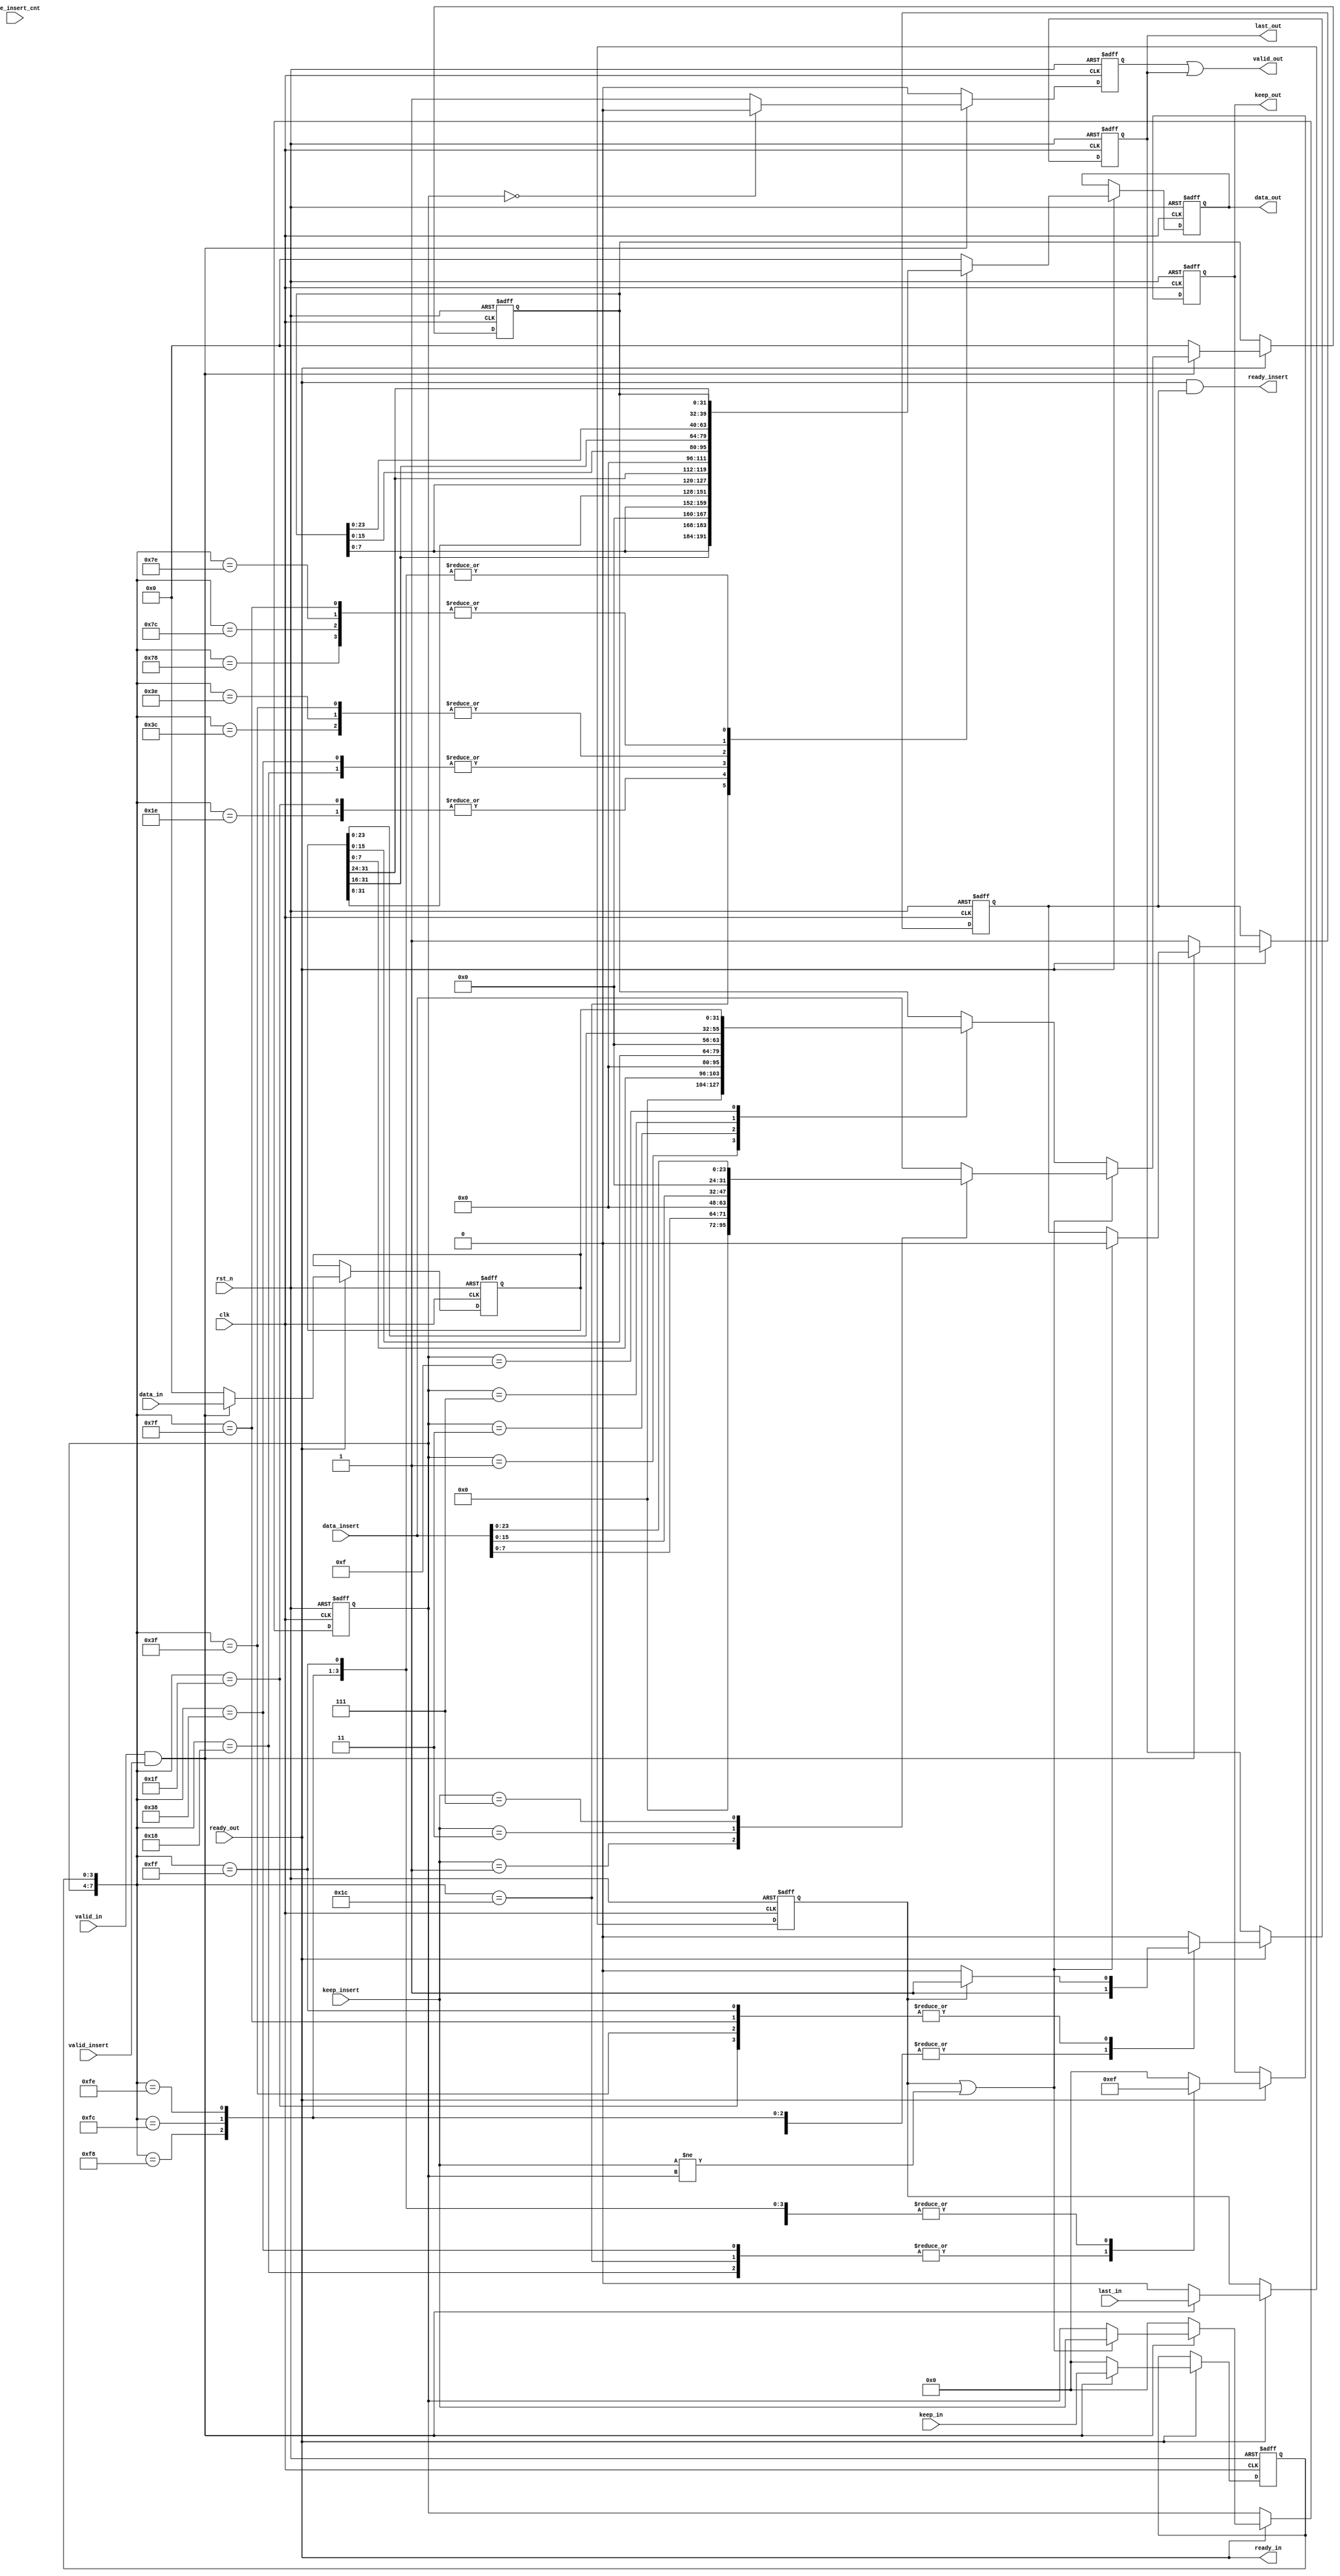
module axi_stream_insert_header #(
    parameter DATA_WD = 32,
    parameter DATA_BYTE_WD = DATA_WD / 8,
    parameter BYTE_CNT_WD = $clog2(DATA_BYTE_WD)
) (
    input clk,
    input rst_n,
    // AXI Stream input original data
    input valid_in,
    input [DATA_WD-1 : 0] data_in,
    input [DATA_BYTE_WD-1 : 0] keep_in,
    input last_in,
    output ready_in,
    // AXI Stream output with header inserted
    output valid_out,
    output [DATA_WD-1 : 0] data_out,
    output [DATA_BYTE_WD-1 : 0] keep_out,
    output last_out,
    input ready_out,
    // The header to be inserted to AXI Stream input
    input valid_insert,
    input [DATA_WD-1 : 0] data_insert,
    input [DATA_BYTE_WD-1 : 0] keep_insert,
    input [BYTE_CNT_WD-1 : 0] byte_insert_cnt,
    output ready_insert
);
// Your code here

reg [DATA_WD - 1 : 0]               data_insert_r;
reg [DATA_BYTE_WD - 1 : 0]          keep_insert_r;
reg [BYTE_CNT_WD-1 : 0]             byte_insert_cnt_r;

reg [DATA_WD - 1 : 0]               data_in_r;
reg                                 last_in_r;
reg [DATA_BYTE_WD - 1 : 0]          keep_in_r;

reg                                 last_out_r;
reg [DATA_WD - 1 : 0]               data_out_r;
reg                                 valid_out_r;
reg [DATA_BYTE_WD - 1 : 0]          keep_out_r;

reg                                 ready_insert_r;

/*-----------------------------------------------------header_insert-----------------------------------------------*/
assign ready_insert = ready_out && ready_insert_r; //&& ready_insert_r);                           

always @(posedge clk or negedge rst_n) begin
    if(!rst_n)begin
        data_insert_r     <= 0;
        keep_insert_r     <= 0;
        byte_insert_cnt_r <= 0;
        ready_insert_r    <= 1;
    end
    else if(ready_out)begin
        if(valid_in&&valid_insert)begin
            if(last_in_r || (keep_insert != keep_insert_r))begin                                            //keep_insertdata_insertdata_insert_r
                case(keep_insert)
                    4'b0001:begin
                    data_insert_r <= {{3{8'h00}},data_insert[7 : 0]};
                    end
                    4'b0011:begin
                    data_insert_r <= {{2{8'h00}},data_insert[15 : 0]};
                    end
                    4'b0111:begin
                    data_insert_r <= {{8'h00},data_insert[23 : 0]};
                    end
                    4'b1111:begin
                    data_insert_r <= {data_insert[31 : 0]};
                    end
                    default:begin
                    data_insert_r <= {data_insert};
                    end
                endcase
                keep_insert_r     <= keep_insert;
                byte_insert_cnt_r <= byte_insert_cnt;
                ready_insert_r    <= 0;
            end
            else begin                                                       //keep_insert_rdata_in_rdata_insert_r
                case(keep_insert_r)
                    4'b0001:begin
                    data_insert_r <= {{3{8'h00}},data_in_r[7 : 0]};
                    end
                    4'b0011:begin
                    data_insert_r <= {{2{8'h00}},data_in_r[15 : 0]};
                    end
                    4'b0111:begin
                    data_insert_r <= {{8'h00},data_in_r[23 : 0]};
                    end
                    4'b1111:begin
                    data_insert_r <= {data_in_r[31 : 0]};
                    end
                    default:begin
                    data_insert_r <= data_insert_r;
                    end
                endcase
                keep_insert_r     <= keep_insert_r;
                byte_insert_cnt_r <= byte_insert_cnt_r;
                ready_insert_r    <= ready_insert_r;
            end
        end 
        else begin                                                          //valid_insert=1 data_insertinsert
            keep_insert_r     <= 0;
            data_insert_r     <= 0;
            byte_insert_cnt_r <= 0;
            ready_insert_r    <= 1;
        end
    end
    else begin                                                             //
        keep_insert_r     <= keep_insert_r;
        data_insert_r     <= data_insert_r;
        byte_insert_cnt_r <= byte_insert_cnt_r;
        ready_insert_r    <= ready_insert_r;
    end
end

/*-----------------------------------------------------data_in-------------------------------------------------------*/
assign ready_in = ready_out;

always @(posedge clk or negedge rst_n) begin
    if(!rst_n)begin
        data_in_r <= 0;
        last_in_r <= 0;
        keep_in_r <= 0;
    end
    else if(ready_out)begin
        if(valid_in&&valid_insert)begin
            data_in_r <= data_in;
            last_in_r <= last_in;
            keep_in_r <= keep_in;
        end
        else begin
            data_in_r <= 0;
            last_in_r <= 0;
            keep_in_r <= 0;
        end
    end
    else begin
        data_in_r <= data_in_r;
        last_in_r <= last_in_r;
        keep_in_r <= keep_in_r;
    end    
end

/*-----------------------------------------------------data_out------------------------------------------------------*/

assign data_out = data_out_r;
assign valid_out = valid_out_r || last_out_r;
assign keep_out = keep_out_r;
assign last_out = last_out_r;

always @(posedge clk or negedge rst_n) begin
    if(!rst_n) begin
        data_out_r <= 0;
        keep_out_r <= 0;
        last_out_r <= 0;
    end
    else if (ready_out) begin
            case({keep_insert_r,keep_in_r})
            8'b0001_1000:begin
                data_out_r <= {data_insert_r[7:0],data_in_r[31:24],{2{8'h00}}};    
                keep_out_r <= 4'b1110;
                last_out_r <= 1;
            end 
            8'b0001_1100:begin
                data_out_r <= {data_insert_r[7:0],data_in_r[31:16],{8'h00}};    
                keep_out_r <= 4'b1110;
                last_out_r <= 1;
            end          
            8'b0001_1110:begin
                data_out_r <= {data_insert_r[7:0],data_in_r[31:8]};    
                keep_out_r <= 4'b1111;
                last_out_r <= 1;
            end
            8'b0001_1111:begin
                data_out_r <= {data_insert_r[7:0],data_in_r[31:8]};    
                keep_out_r <= 4'b1111;
                if(last_in_r) 
                    last_out_r <= 1;
                else 
                    last_out_r <= 0;
            end
            8'b0011_1000:begin
                data_out_r <= {data_insert_r[15:0],data_in_r[31:24],{2{8'h00}}};    
                keep_out_r <= 4'b1110;
                last_out_r <= 1;
            end 
            8'b0011_1100:begin
                data_out_r <= {data_insert_r[15:0],data_in_r[31:16]};    
                keep_out_r <= 4'b1111;
                last_out_r <= 1;
            end          
            8'b0011_1110:begin
                data_out_r <= {data_insert_r[15:0],data_in_r[31:16]};    
                keep_out_r <= 4'b1111;
                last_out_r <= 1;
            end
            8'b0011_1111:begin
                data_out_r <= {data_insert_r[15:0],data_in_r[31:16]};    
                keep_out_r <= 4'b1111;
                if(last_in_r)
                    last_out_r <= 1;
                else
                    last_out_r <= 0;
            end
            8'b0111_1000:begin
                data_out_r <= {data_insert_r[23:0],data_in_r[31:24]};    
                keep_out_r <= 4'b1111;
                last_out_r <= 1;
            end
            8'b0111_1100:begin
                data_out_r <= {data_insert_r[23:0],data_in_r[31:24]};    
                keep_out_r <= 4'b1111;
                last_out_r <= 1;
            end 
            8'b0111_1110:begin
                data_out_r <= {data_insert_r[23:0],data_in_r[31:24]};    
                keep_out_r <= 4'b1111;
                last_out_r <= 1;
            end
            8'b0111_1111:begin
                data_out_r <= {data_insert_r[23:0],data_in_r[31:24]};    
                keep_out_r <= 4'b1111;
                if(last_in_r)
                    last_out_r <= 1;
                else
                    last_out_r <= 0;
            end
            8'b1111_1000:begin
                data_out_r <= data_insert_r;    
                keep_out_r <= 4'b1111;
                last_out_r <= 1;
            end
            8'b1111_1100:begin
                data_out_r <= data_insert_r;    
                keep_out_r <= 4'b1111;
                last_out_r <= 1;
            end 
            8'b1111_1110:begin
                data_out_r <= data_insert_r;    
                keep_out_r <= 4'b1111;
                last_out_r <= 1;
            end
            8'b1111_1111:begin
                data_out_r <= data_insert_r;    
                keep_out_r <= 4'b1111;
                if(last_in_r)
                    last_out_r <= 1;
                else
                    last_out_r <= 0;
            end
            default: begin
                data_out_r <= 0;
                keep_out_r <= 0;
                last_out_r <= 0;
            end                        
            endcase           
        end
    else begin
        data_out_r <= data_out_r;
        keep_out_r <= keep_out_r;
        last_out_r <= last_out_r;
    end
end

always @(posedge clk  or negedge rst_n) begin
    if(!rst_n) begin
        valid_out_r <= 0;
    end
    else if(valid_insert&&valid_in)begin
        if(!keep_insert_r)begin
            valid_out_r <= 0;
        end
        else begin
            valid_out_r <= 1;
        end
    end
    else begin
        valid_out_r <= 0;
    end
end
endmodule